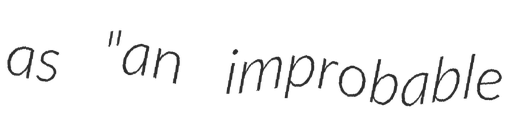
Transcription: as "an improbable